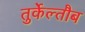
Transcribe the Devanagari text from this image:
तुर्केल्तौब